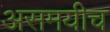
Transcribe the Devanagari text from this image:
असमयीच